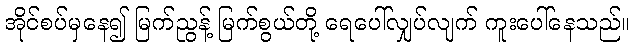
အိုင်စပ်မှနေ၍ မြက်ညွန့် မြက်စွယ်တို့ ရေပေါ်လျှပ်လျက် ကူးပေါ်နေသည်။